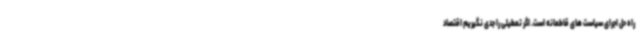
راه حل اجرای سیاست های قاطعانه است. اگر تعطیلی را جدی نگیریم اقتصاد